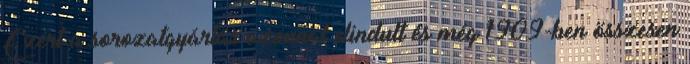
Ezért a sorozatgyártás azonnal elindult és még 1909-ben összesen